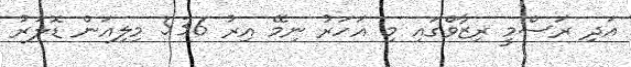
އަދި ރަސްމީ ރިޒާވްގައި މި އަހަރު ނިމޭ އިރު 536 މިލިއަން ޑޮލަރު